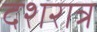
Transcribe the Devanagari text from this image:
दशरात्र